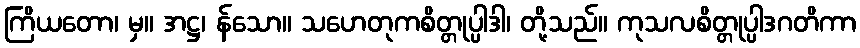
ကြိယတော၊ မှ။ အဋ္ဌ၊ န်သော။ သဟေတုကစိတ္တုပ္ပါဒါ၊ တို့သည်။ ကုသလစိတ္တုပ္ပါဒဂတိကာ